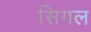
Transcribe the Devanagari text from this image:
सिगल